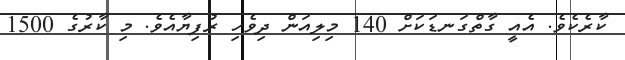
ކާރެކެވެ. އެއީ ގާތްގަނޑަކަށް 140 މިލިއަން ދިވެހި ރުފިޔާއެވެ. މި ކާރުގެ 1500